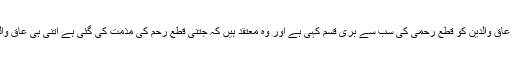
[2] ملا مہدی نراقی نے عاق والدین کو قطع رحمی کی سب سے بری قسم کہی ہے اور وہ معتقد ہیں کہ جتنی قطع رحم کی مذمت کی گئی ہے اتنی ہی عاق والدین کی مذمت ہوئی ہے۔